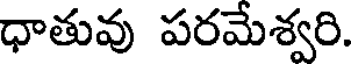
ధాతువు పరమేశ్వరి.